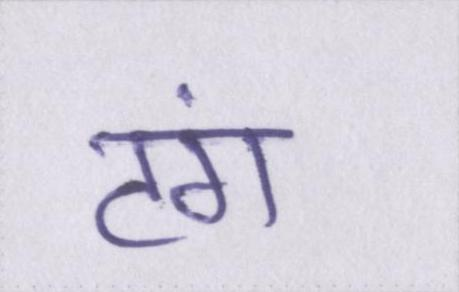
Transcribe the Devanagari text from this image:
टंग